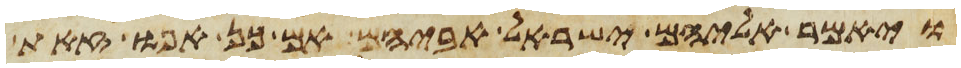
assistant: ויאמר אליהם ישראל אביהם אם כן אפוא זאת